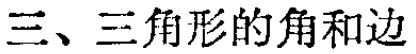
三、三角形的角和边